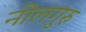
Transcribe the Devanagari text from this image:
नीलगुरु